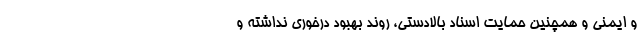
و ایمنی و همچنین حمایت اسناد بالادستی، روند بهبود درخوری نداشته و